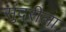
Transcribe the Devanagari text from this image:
सुंदरीला